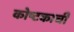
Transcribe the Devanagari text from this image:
कोष्टकाची